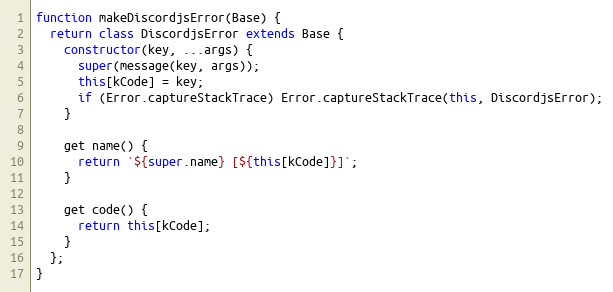
Language: JavaScript
function makeDiscordjsError(Base) {
  return class DiscordjsError extends Base {
    constructor(key, ...args) {
      super(message(key, args));
      this[kCode] = key;
      if (Error.captureStackTrace) Error.captureStackTrace(this, DiscordjsError);
    }

    get name() {
      return `${super.name} [${this[kCode]}]`;
    }

    get code() {
      return this[kCode];
    }
  };
}